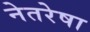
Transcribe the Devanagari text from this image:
नेतरेषा